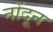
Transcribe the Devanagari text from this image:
नोंदून